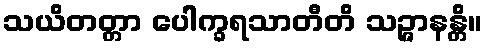
သယိတတ္တာ ပေါက္ခရသာတီတိ သဉ္ဇာနန္တိ။